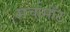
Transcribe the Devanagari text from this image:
मर्चामोंट